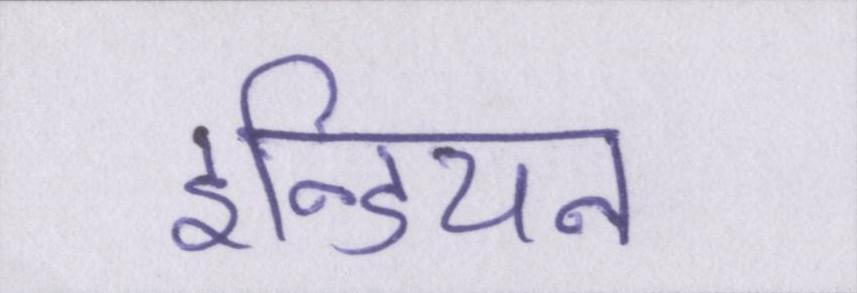
इन्डियन